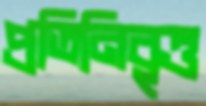
প্রতিনিবৃত্ত